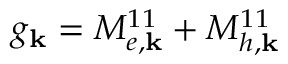
g _ { \mathbf { k } } = M _ { e , \mathbf { k } } ^ { 1 1 } + M _ { h , \mathbf { k } } ^ { 1 1 }